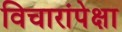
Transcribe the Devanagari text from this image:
विचारांपेक्षा